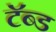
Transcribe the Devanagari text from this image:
टॅब्ड